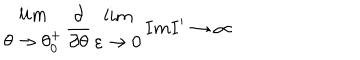
LaTeX: \begin{array} { c } { { l i m } } \\ { { \theta \rightarrow \theta _ { 0 } ^ { + } } } \\ \end{array} \frac { \partial } { \partial \theta } \begin{array} { c } { { l i m } } \\ { { \varepsilon \rightarrow 0 } } \\ \end{array} I m I ^ { \prime } \rightarrow \infty